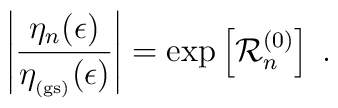
\left| \frac{\eta_{n}(\epsilon) }{ \eta_{_{\rm (gs)}}(\epsilon)  }  \right|=\exp \left[ {\mathcal R}_{n}^{(0)}\right]\;   .